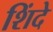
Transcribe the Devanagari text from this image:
शिंदे